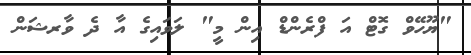
"ޔޫހޭވް ގޮޓް އަ ފްރެންޑް އިން މީ" ލަވައިގެ އާ ދެ ވާރޝަން